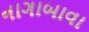
નાગાબાવા